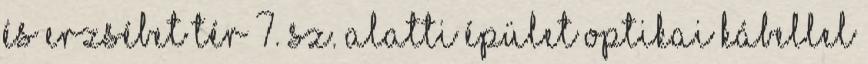
és Erzsébet tér 7. sz. alatti épület optikai kábellel